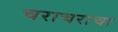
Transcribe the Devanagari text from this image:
चराचराचा